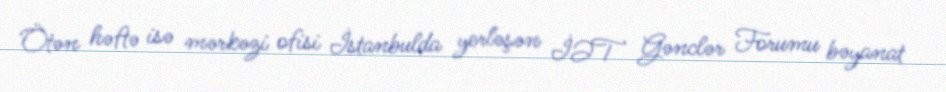
Ötən həftə isə mərkəzi ofisi İstanbulda yerləşən İƏT Gənclər Forumu bəyanat